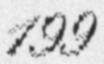
199